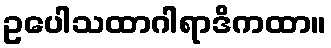
ဥပေါသထာဂါရာဒိကထာ။